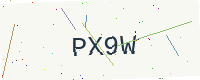
Text: PX9W